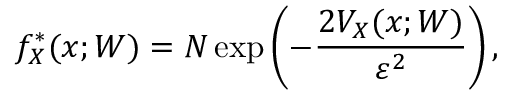
f _ { X } ^ { * } ( x ; W ) = N \, \mathrm { e x p } \left( - \frac { 2 V _ { X } ( x ; W ) } { \varepsilon ^ { 2 } } \right) ,